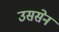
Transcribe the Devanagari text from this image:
उससेन